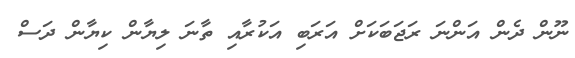
ނޫން ދެން އަންނަ ރަޖަބަކަށް އަރަބި އަކުރާއި ތާނަ ލިޔާން ކިޔާން ދަސް